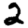
Digit: 2